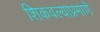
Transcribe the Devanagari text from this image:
शिकवल्याप्रमाणे